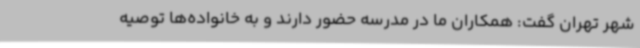
شهر تهران گفت: همکاران ما در مدرسه حضور دارند و به خانواده‌ها توصیه